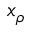
x _ { \rho }